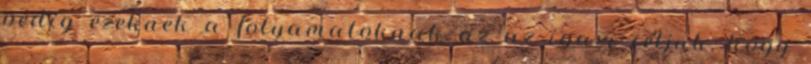
pedig ezeknek a folyamatoknak az az igazi céljuk, hogy